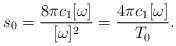
LaTeX: \begin{align*}s_0=\frac{8\pi c_1[\omega]}{[\omega]^2}=\frac{4\pi c_1[\omega]}{T_0}.\end{align*}